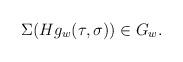
LaTeX: \begin{align*}\Sigma(Hg_w(\tau,\sigma))\in G_w.\end{align*}